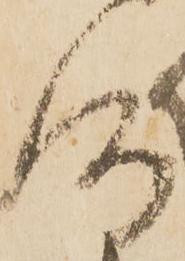
仍